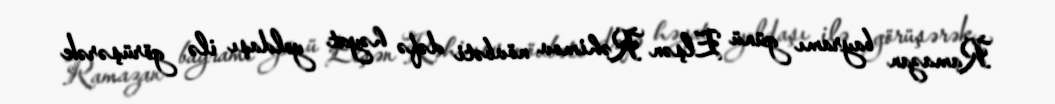
Ramazan bayramı günü Elşən Rəhimov növbəti dəfə həyat yoldaşı ilə görüşərək